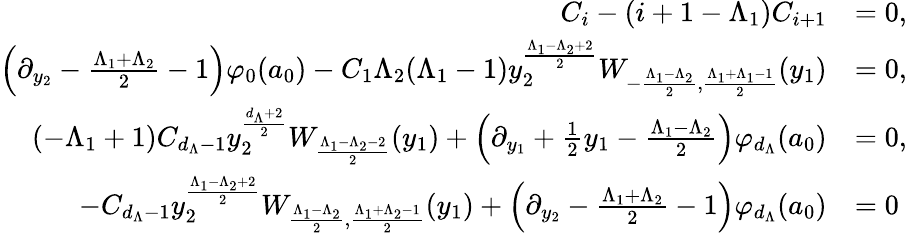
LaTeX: \begin{array}{rl}{C_{i}-(i+1-\Lambda_{1})C_{i+1}}&{=0,}\\ {\left(\partial_{y_{2}}-\frac{\Lambda_{1}+\Lambda_{2}}{2}-1\right)\varphi_{0}(a_{0})-C_{1}\Lambda_{2}(\Lambda_{1}-1)y_{2}^{\frac{\Lambda_{1}-\Lambda_{2}+2}{2}}W_{-\frac{\Lambda_{1}-\Lambda_{2}}{2},\frac{\Lambda_{1}+\Lambda_{1}-1}{2}}(y_{1})}&{=0,}\\ {(-\Lambda_{1}+1)C_{d_{\Lambda}-1}y_{2}^{\frac{d_{\Lambda}+2}{2}}W_{\frac{\Lambda_{1}-\Lambda_{2}-2}{2}}(y_{1})+\left(\partial_{y_{1}}+\frac{1}{2}y_{1}-\frac{\Lambda_{1}-\Lambda_{2}}{2}\right)\varphi_{d_{\Lambda}}(a_{0})}&{=0,}\\ {-C_{d_{\Lambda}-1}y_{2}^{\frac{\Lambda_{1}-\Lambda_{2}+2}{2}}W_{\frac{\Lambda_{1}-\Lambda_{2}}{2},\frac{\Lambda_{1}+\Lambda_{2}-1}{2}}(y_{1})+\left(\partial_{y_{2}}-\frac{\Lambda_{1}+\Lambda_{2}}{2}-1\right)\varphi_{d_{\Lambda}}(a_{0})}&{=0}\end{array}